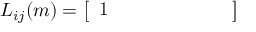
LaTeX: L _ { i j } ( m ) = { \left[ \begin{array} { l l l l l l l } { 1 } & { } & { } & { } & { } & { } & { } \end{array} \right] }